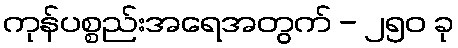
ကုန်ပစ္စည်းအရေအတွက် - ၂၅၀ ခု